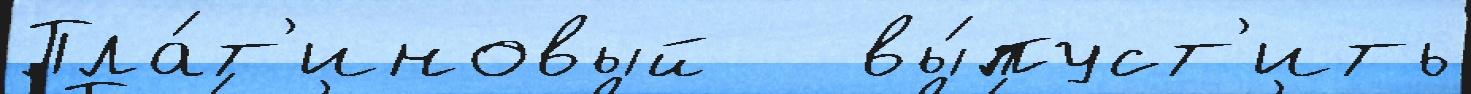
Пла́т'иновый   вы́пуст'ить